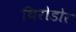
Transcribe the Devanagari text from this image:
थिरोडोर